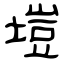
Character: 塏